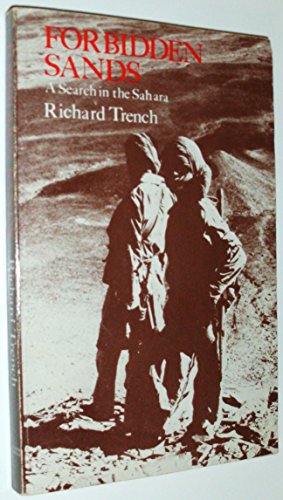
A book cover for Forbidden Sands; Trench; Travel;